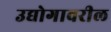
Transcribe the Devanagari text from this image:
उद्योगावरील